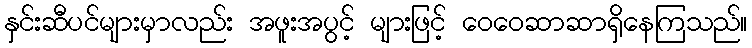
နှင်းဆီပင်များမှာလည်း အဖူးအပွင့် များဖြင့် ဝေဝေဆာဆာရှိနေကြသည်။